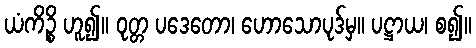
ယံကိဉ္စိ ဟူ၍။ ဝုတ္တ ပဒေတော၊ ဟောသောပုဒ်မှ။ ပဋ္ဌာယ၊ စ၍။